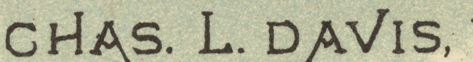
CHAS.L.DAVIS,